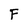
Character: F